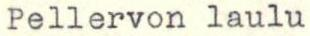
Pellervon laulu